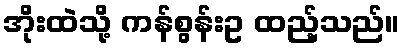
အိုးထဲသို့ ကန်စွန်းဥ ထည့်သည်။